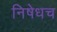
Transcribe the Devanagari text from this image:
निषेधच